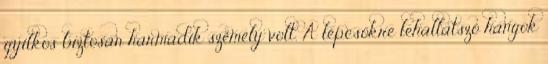
gyilkos biztosan harmadik személy volt. A lépcsőkre lehallatszó hangok